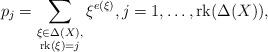
LaTeX: \begin{align*} p_j = \sum_{\substack{\xi \in \Delta(X),\\ \mathrm{rk}(\xi) = j}} \xi^{e(\xi)}, j=1,\dots,\mathrm{rk}(\Delta(X)),\end{align*}